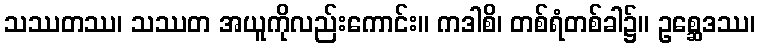
သဿတဿ၊ သဿတ အယူကိုလည်းကောင်း။ ကဒါစိ၊ တစ်ရံတစ်ခါ၌။ ဥစ္ဆေဒဿ၊